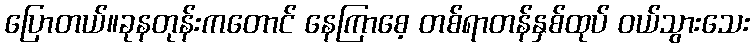
ပြောတယ်။ခုနတုန်းကတောင် နေကြာစေ့ တစ်ရာတန်နှစ်ထုပ် ဝယ်သွားသေး